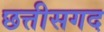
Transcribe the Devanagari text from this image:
छत्तीसगद